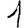
Digit: 1